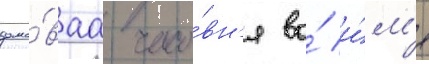
домо́ваа часо́вн'я во́ и́м'я